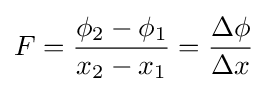
F={\frac {\phi _{2}-\phi _{1}}{x_{2}-x_{1}}}={\frac {\Delta \phi }{\Delta x}}\,\!